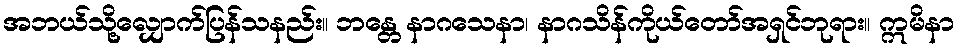
အဘယ်သို့လျှောက်ပြန်သနည်း။ ဘန္တေ နာဂသေနာ၊ နာဂသိန်ကိုယ်တော်အရှင်ဘုရား။ ဣမိနာ